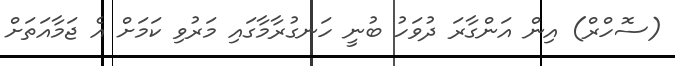
(ސޮހްރް) އިން އަންގާރަ ދުވަހު ބުނީ ހަނގުރާމާގައި މަރުވި ކަމަށް އެ ޖަމާއަތަށް